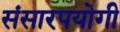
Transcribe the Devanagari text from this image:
संसारपयोगी